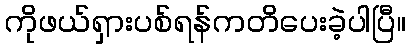
ကိုဖယ်ရှားပစ်ရန်ကတိပေးခဲ့ပါပြီ။